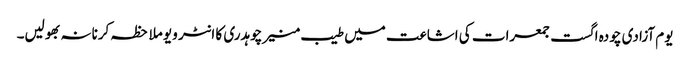
یوم آزادی چودہ اگست جمعرات کی اشاعت میں طیب منیر چوہدری کا انٹر ویو ملاحظہ کرنانہ بھولیں۔